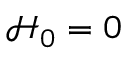
\mathcal { H } _ { 0 } = 0